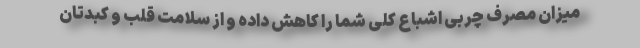
میزان مصرف چربی اشباع کلی شما را کاهش داده و از سلامت قلب و کبدتان